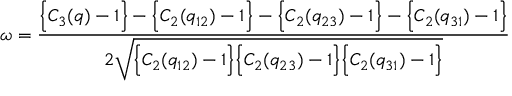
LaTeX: \omega = \frac { \Big \{ C _ { 3 } ( q ) - 1 \Big \} - \Big \{ C _ { 2 } ( q _ { 1 2 } ) - 1 \Big \} - \Big \{ C _ { 2 } ( q _ { 2 3 } ) - 1 \Big \} - \Big \{ C _ { 2 } ( q _ { 3 1 } ) - 1 \Big \} } { 2 \sqrt { \Big \{ C _ { 2 } ( q _ { 1 2 } ) - 1 \Big \} \Big \{ C _ { 2 } ( q _ { 2 3 } ) - 1 \Big \} \Big \{ C _ { 2 } ( q _ { 3 1 } ) - 1 \Big \} } }